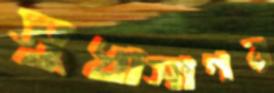
সুধাসাগর